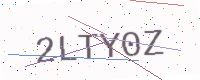
Text: 2LTY0Z